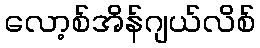
လော့စ်အိန်ဂျယ်လိစ်